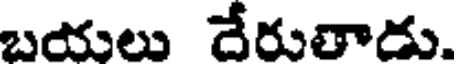
బయలు దేరుతాడు.